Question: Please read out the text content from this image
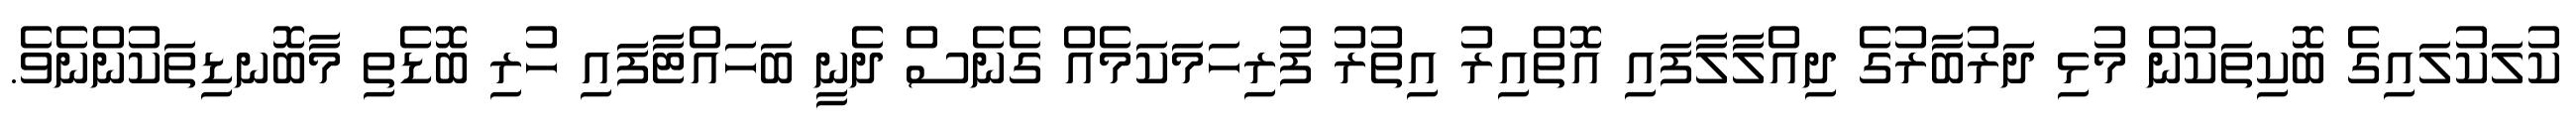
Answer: ކުލަކުލައިގެ ބޮކިތަކުން މުޅި ދަރުބާރުގެ ދިއްލާލާފައި އޮތްއިރު އިތުރު ފުރިހަމަކަމެއް ގެނެސް ދެނީ ބަހައްޓާފައި ހުރި ބޮޑެތި މާބޮނޑިތަކުންނެވެ.